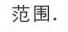
范围.